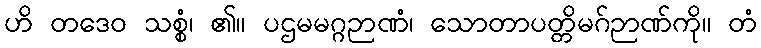
ဟိ တဒေဝ သစ္စံ၊ ၏။ ပဌမမဂ္ဂဉာဏံ၊ သောတာပတ္တိမဂ်ဉာဏ်ကို။ တံ